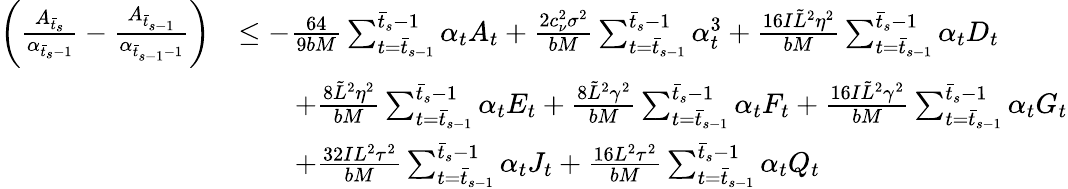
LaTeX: \begin{array}{rl}{\bigg(\frac{A_{\bar{t}_{s}}}{\alpha_{\bar{t}_{s}-1}}-\frac{A_{\bar{t}_{s-1}}}{\alpha_{\bar{t}_{s-1}-1}}\bigg)}&{\leq-\frac{64}{9bM}\sum_{t=\bar{t}_{s-1}}^{\bar{t}_{s}-1}\alpha_{t}A_{t}+\frac{2c_{\nu}^{2}\sigma^{2}}{bM}\sum_{t=\bar{t}_{s-1}}^{\bar{t}_{s}-1}\alpha_{t}^{3}+\frac{16I\tilde{L}^{2}\eta^{2}}{bM}\sum_{t=\bar{t}_{s-1}}^{\bar{t}_{s}-1}\alpha_{t}D_{t}}\\ &{\qquad+\frac{8\tilde{L}^{2}\eta^{2}}{bM}\sum_{t=\bar{t}_{s-1}}^{\bar{t}_{s}-1}\alpha_{t}E_{t}+\frac{8\tilde{L}^{2}\gamma^{2}}{bM}\sum_{t=\bar{t}_{s-1}}^{\bar{t}_{s}-1}\alpha_{t}F_{t}+\frac{16I\tilde{L}^{2}\gamma^{2}}{bM}\sum_{t=\bar{t}_{s-1}}^{\bar{t}_{s}-1}\alpha_{t}G_{t}}\\ &{\qquad+\frac{32IL^{2}\tau^{2}}{bM}\sum_{t=\bar{t}_{s-1}}^{\bar{t}_{s}-1}\alpha_{t}J_{t}+\frac{16L^{2}\tau^{2}}{bM}\sum_{t=\bar{t}_{s-1}}^{\bar{t}_{s}-1}\alpha_{t}Q_{t}}\end{array}